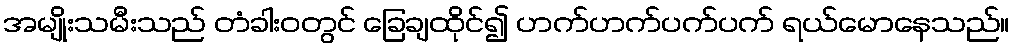
အမျိုးသမီးသည် တံခါးဝတွင် ခြေချထိုင်၍ ဟက်ဟက်ပက်ပက် ရယ်မောနေသည်။